Annual report of the Bengal Veterinary College and of the Civil Veterinary Department, Bengal, for the year 1916-17 - 1916-1917
Year: 1916
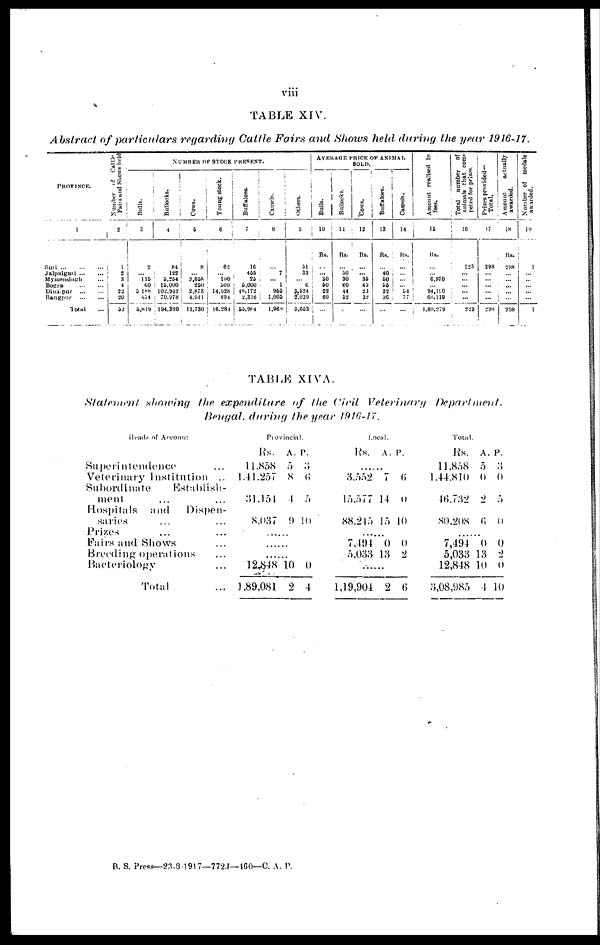
viii
TABLE XIV.
Abstract of particulars regarding Cattle Fairs and Shows held during the year 1916-17.
PROVINCE.
1
Suri
...
...
...
Jalpaiguri
...
...
Mymensingh ...
Bogra
...
...
Dinajpur
...
...
Rangpur
...
...
Total ...
Number of Cattle
Fairs
and Shows held
2
1
2
3
4
22
20
52
NUMBER OF STOCK PRESENT.
Bulls.
3
2
... 115
60
5 188
454
5,819
Bullocks.
4
84
122
5,254
15,000
102,942
70,978
194,380
Cows.
5
8
...
3,658
250
2,873
4,941
11,730
Young stock.
6
62
... 100
500
14,928
694
16,284
Buffaloes.
Camels.
7
8
16
...
455
7
25
...
5,000
1
48,172
955
2,316
1,005
53,984
1,968
Others.
9
51
33
... 6
3,524
2,039
5,653
AVERAGE PRICE OF ANIMAL
SOLD.
Bulls.
10
Rs.
...
...
30 50
22
60
...
Bullocks.
11
Rs.
...
50
30
60
44
52
...
Cows.
12
Rs.
...
... 35
45
23
32
...
Buffaloes.
13
Rs.
...
40
50
55
32
36
...
Camels.
14
Rs.
...
...
...
... 54
77
...
Amount realised in
fees.
15
Rs.
...
... 6,970
... 94,190
68,119
1,69,279
Total number of
animals that com-
peted for prizes.
16
223
...
...
...
...
...
223
Prizes provided-
Total.
17
298
...
...
...
...
...
298
Amount
actually
awarded.
18
Rs.
298
...
...
...
...
...
298
Number of medals
awarded.
19
1
...
...
...
...
...
1
TABLE XIVA.
Statement showing the expenditure of the Civil Veterinary
Department.
Bengal, during the year 1916-17.
Heads of Account
Superintendence ...
Veterinary Institution ..
Subordinate
Establish-
ment ... ...
Hospitals and
Dispen-
saries ... ...
Prizes ... ...
Fairs and Shows ...
Breeding operations ...
Bacteriology ...
Total ...
Provincial.
Rs.
11,858
1,41,257
31,154
8,037
A.
5
8
4
9
P.
3
6
5
10
......
......
......
12,848
1,89,081
10
2
0
4
Local.
Rs. A. P.
......
3,552
15,577
88,245
7
14
15
6
0
10
......
7,494
5,033
0
13
0
2
......
1,19,904 2 6
Total.
Rs.
11,858
1,44,810
46,732
80,208
A.
5
0
2
6
P.
3
0
5
0
......
7,494
5,033
12,848
3,08,985
0
13
10
4
0
2
0
10
B. S. Press—23-3-1917—772J—160—C. A. P.